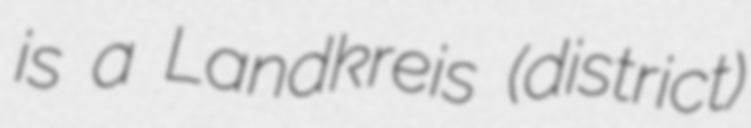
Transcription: is a Landkreis (district)